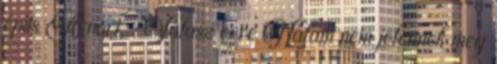
építs Arnort. : Válasz erre Nálam nem jelennek meg